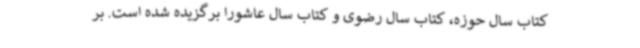
کتاب سال حوزه، کتاب سال رضوی و کتاب سال عاشورا برگزیده شده‌ است. بر